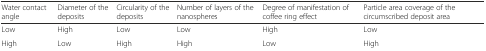
| Water contact angle | Diameter of the deposits | Circularity of the deposits | Number of layers of the nanospheres | Degree of manifestation of coffee ring effect | Particle area coverage of the circumscribed deposit area |
 | --- | --- | --- | --- | --- | --- |
 | Low | High | Low | Low | High | Low |
 | High | Low | High | High | Low | High |